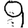
Digit: 9